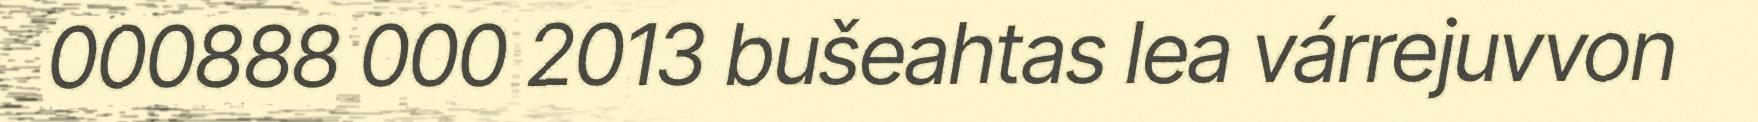
000888 000 2013 bušeahtas lea várrejuvvon